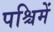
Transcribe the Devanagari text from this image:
पश्चिमें